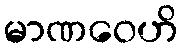
မာဏဝေဟိ